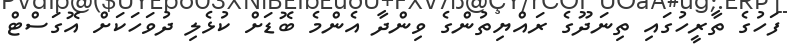
ފަހުގެ ތާރީހުގައި ތިނަދޫގެ ރައްޔިތުންގެ ވިންދާ އެންމެ ބޮޑަށް ކުޅެލި ދުވަހަކަށް އޮގަސްޓް